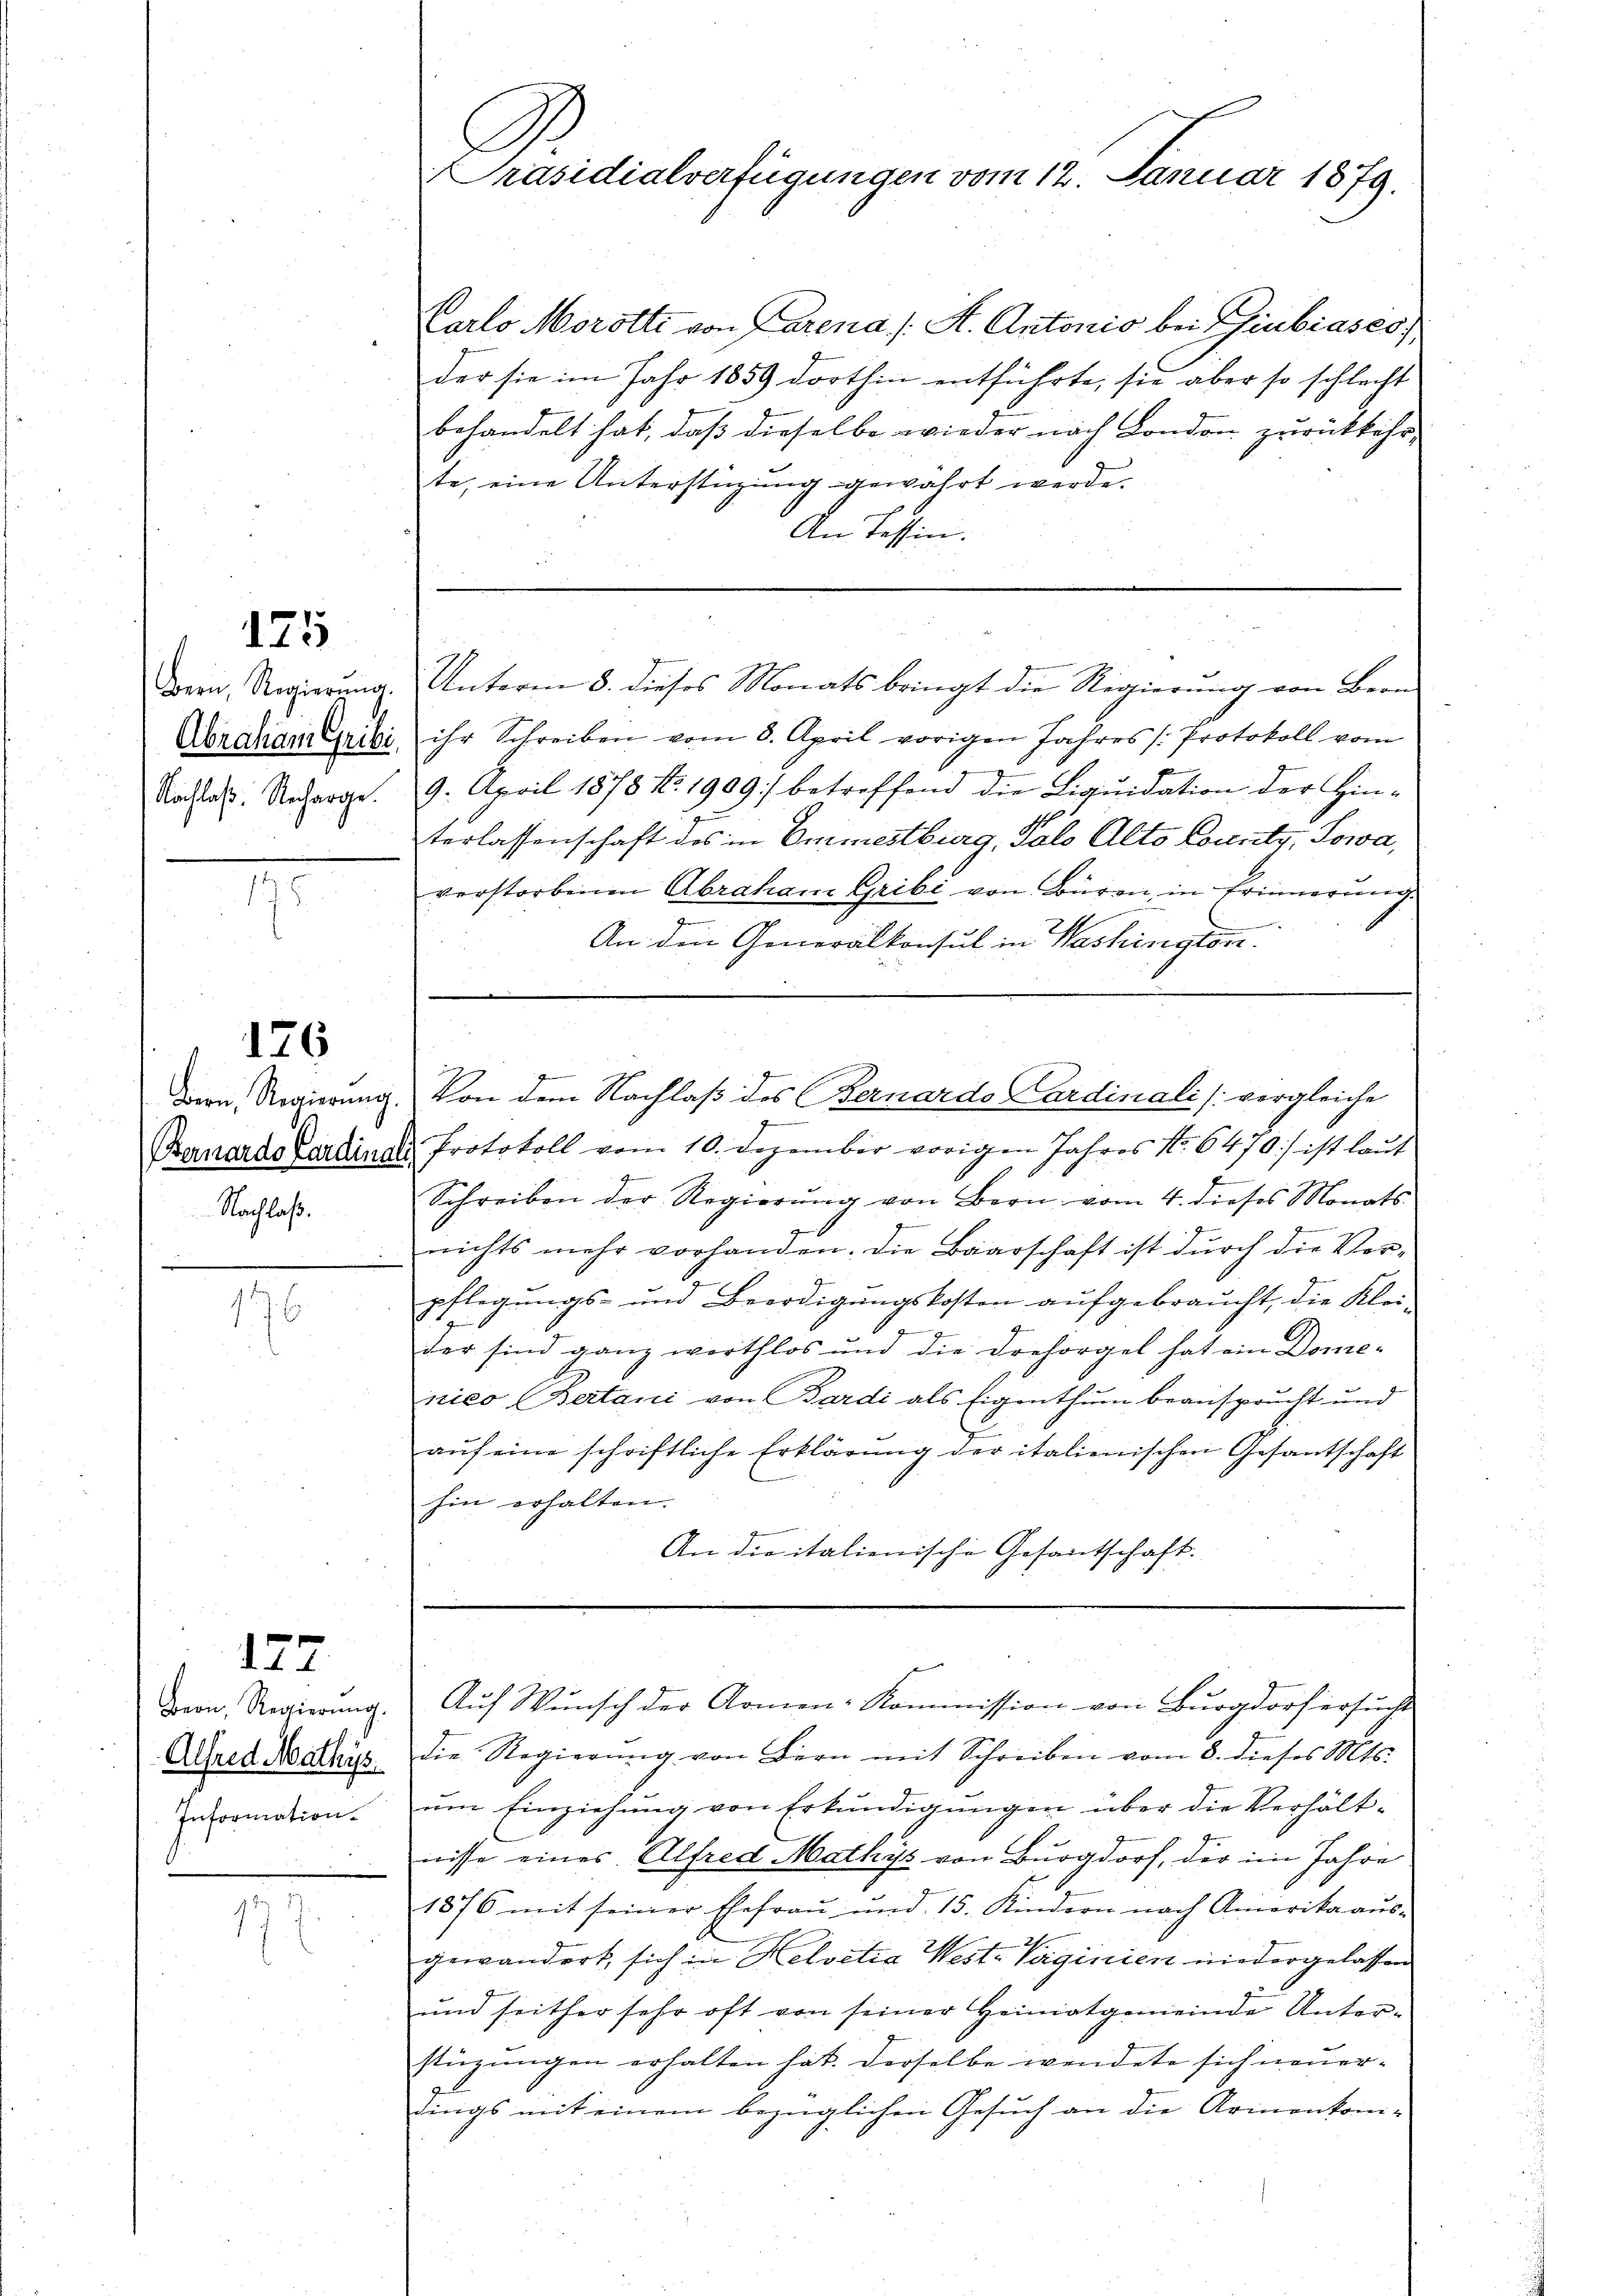
175

Bern, Regierŭng.
Abraham Gribe
Nachlaß. Recharge.

148.

126

Bern, Regierŭng.
Bernardo Pardine
Nachlaß.

196

177

Information.

.

Präsidialverfügungen vom 12. Januar 1879.

Parlo Morotti von Parena /: A. Antonio bei Giubiases,
der sie im Jahr 1859 dorthin entführte, sie aber so schlecht
behandelt hat, daß dieselbe wieder nach London zurückkehr,
te, eine Unterstüzung gewahrt werde.
An Tessin.
Unterm 8. dieses Monats bringt die Regierung von Bern
ihr Schreiben vom 8. April vorigen Jahres (Protokoll vom
x
9. April 1878 No. 1909) betreffend die Liquidation der Hin-
1
terlassenschaft des in Emmestburg, Jalo Alto Lounty, Sowa,
verstorbenen Abraham Gribi von Büren, in Erinnerung.
An den Generalkonsul in Washington.
.
u
Von dem Nachlaß des Bernardo Cardinali [vergleiche
 Protokoll vom 10. Dezember vorigen Jahres No. 6470) ist laŭt
Schreiben der Regierŭng von Bern vom 4. dieses Monats
nichts mehr vorhanden. Die Baarschaft ist durch die Vorpflegungs- und Beerdigungskosten aufgebraucht, die Klei¬
5
der sind ganz werthlos und die Drehorgel hat ein Dome-
nico (Bertani von Bardi als Eigenthum beansprucht und
aŭf eine schriftliche Erklärung der italienischen Gesantschaft
hin erhalten.
An die italienische Gesantschaft.

dern Regierŭng. Aŭf Wŭnsch der Armen-Kommission von Burgdorf ersŭchts

Alfred Mathys die Regierŭng von Bern mit Schreiben vom 8. dieses Mts.
um Einziehung von Erkundigungen über die Verhältnisse eines Alfred Mathys von Burgdorf, der im Jahre
1876 mit seiner Ehefrau und 15. Kindern nach Amerika aus-
gewandert, sich in Helvetia Weste Verginien niedergelassen
und seither sehr oft von seiner Heimatgemeinde Unterstüzungen erhalten hat. Derselbe wendete sich neuerdings mit einem bezüglichen Gesuch an die Armenkom-